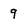
Character: 9